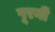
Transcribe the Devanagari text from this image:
पूरनी